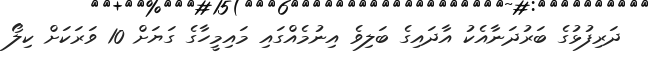
ދަރިފުޅުގެ ބަރުދަނާއެކު އާދައިގެ ބަލިވެ އިނުމެއްގައި މައިމީހާގެ ގަޔަށް 10 ވަރަކަށް ކިލޯ